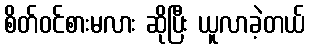
စိတ်ဝင်စားမလား ဆိုပြီး ယူလာခဲ့တယ်